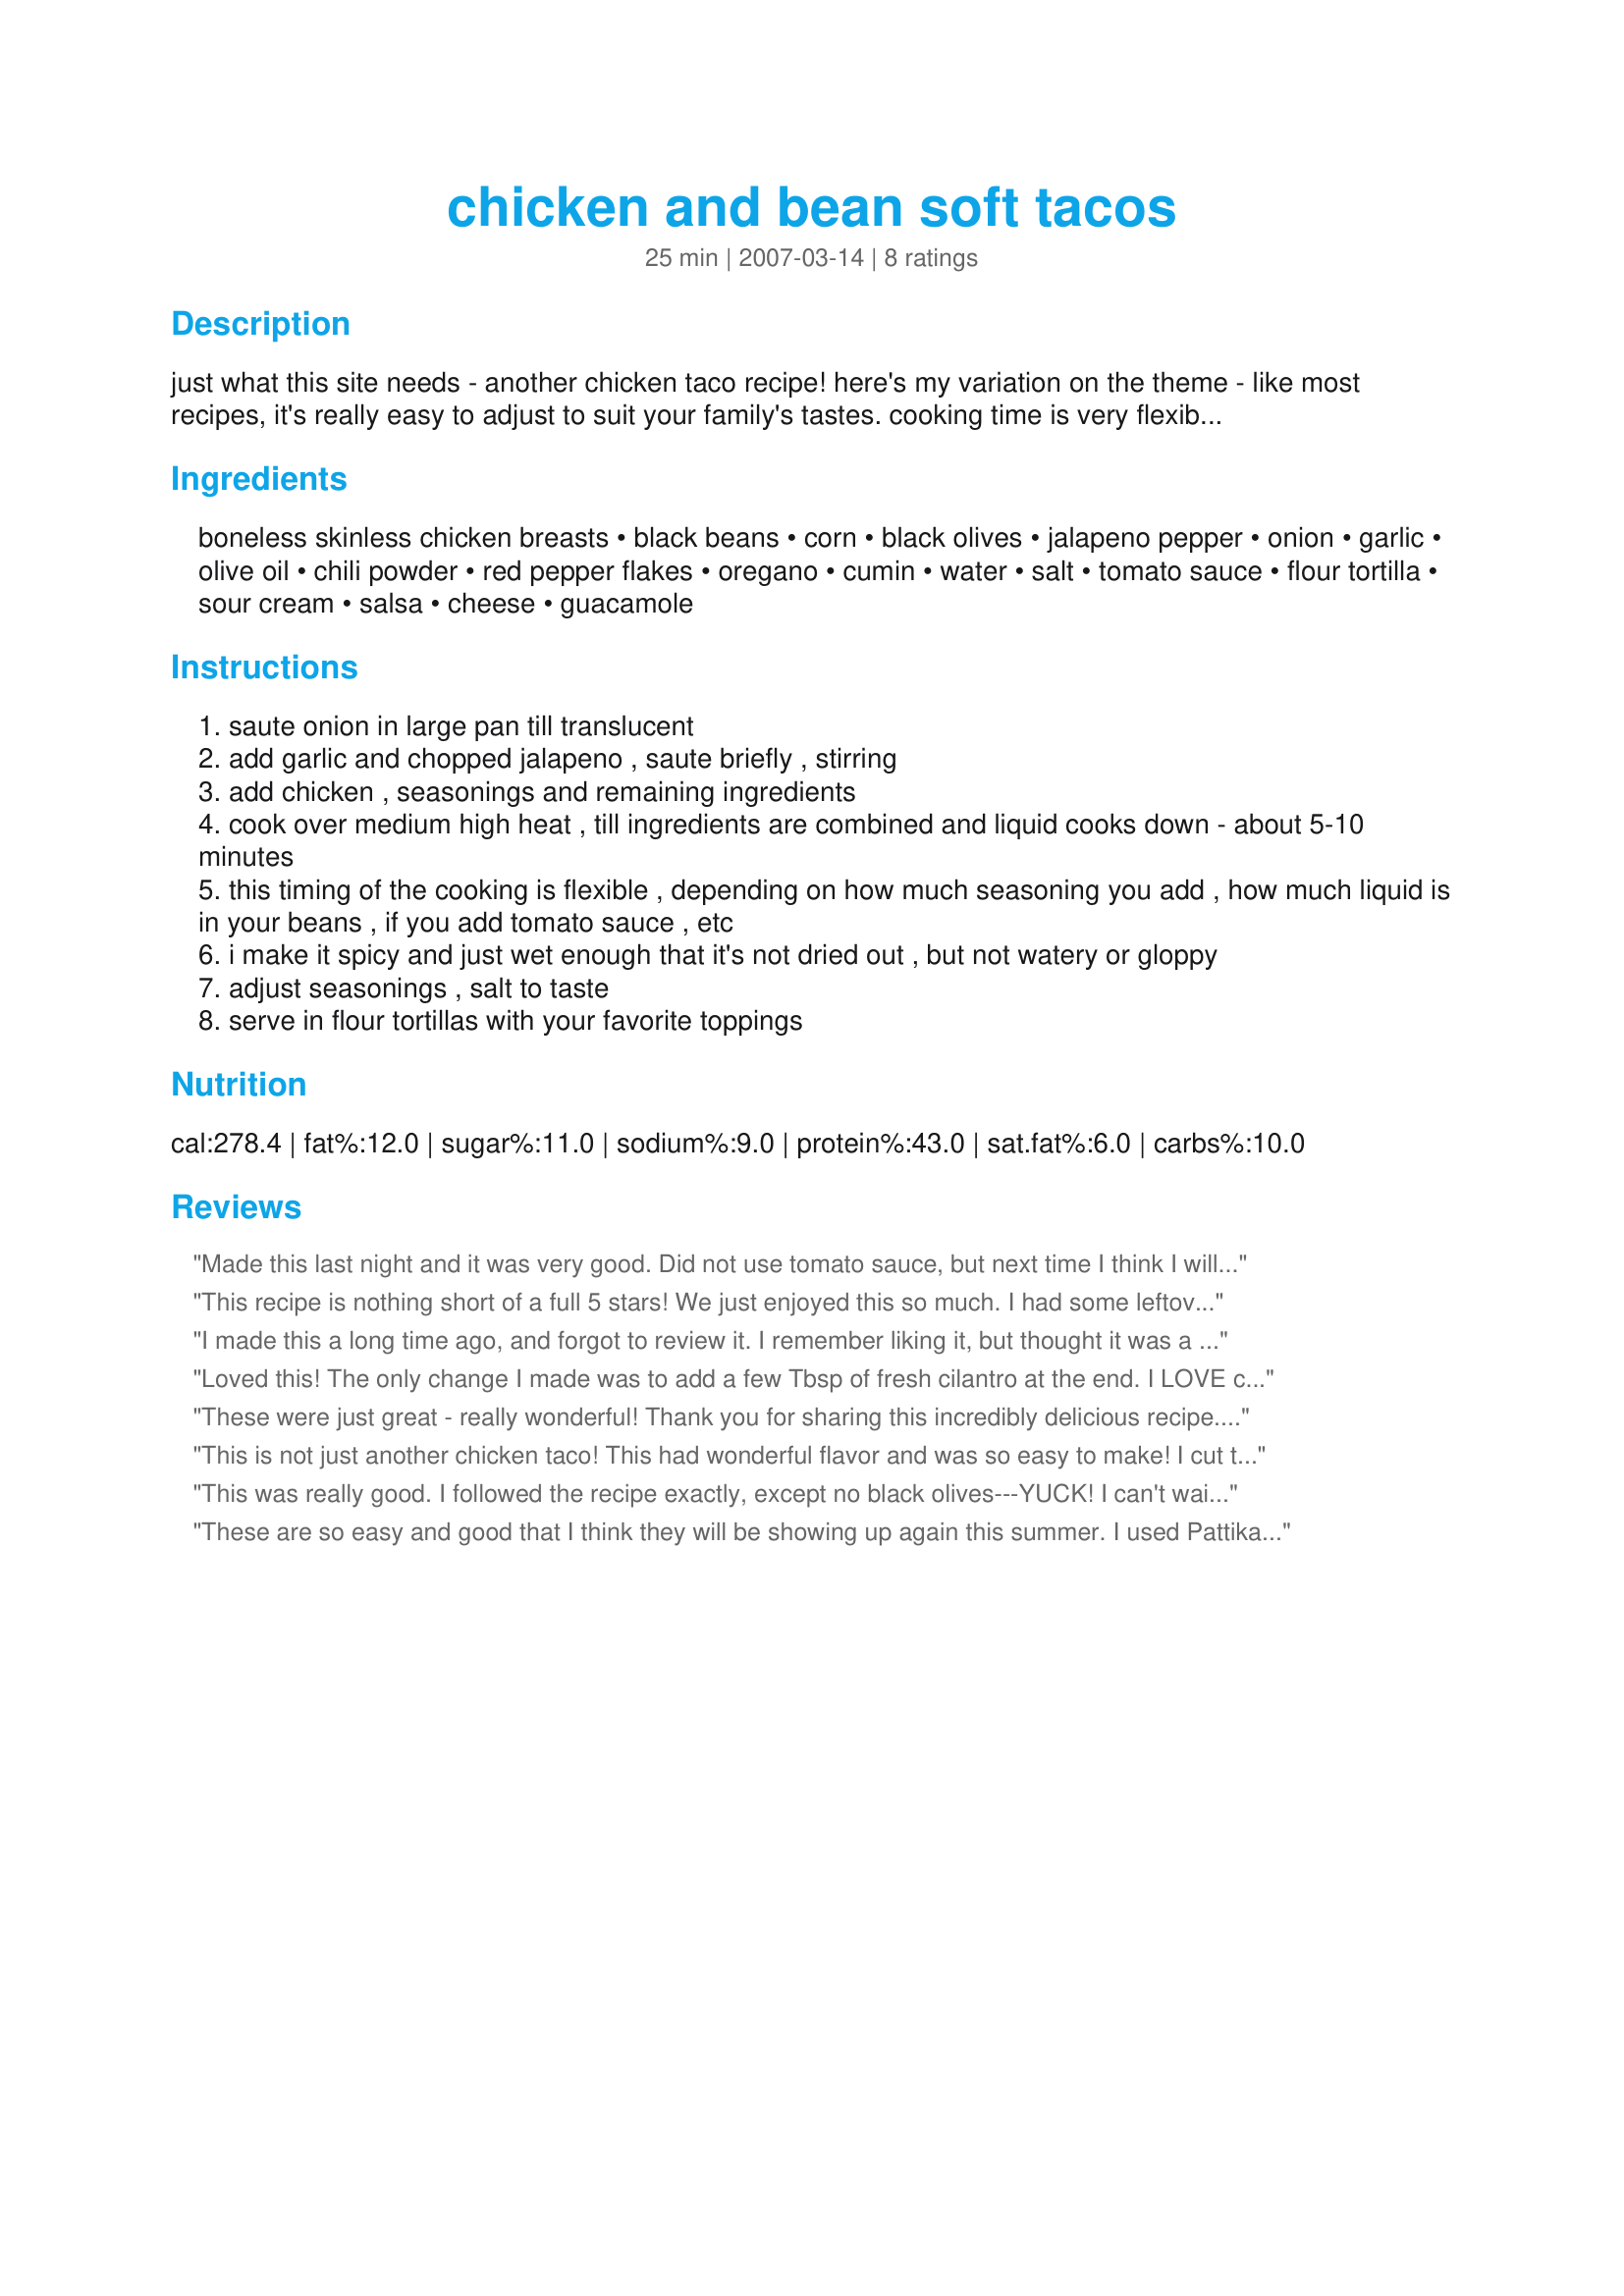
chicken and bean soft tacos
Preparation time: 25 minutes

just what this site needs - another chicken taco recipe! here's my variation on the theme - like most recipes, it's really easy to adjust to suit your family's tastes. cooking time is very flexible as well, sometimes i get it started and let it simmer a bit to blend the flavors, adding liquid as needed to keep it from drying out. other times, i just throw it all together and serve it within 15 minutes.

Ingredients:
boneless skinless chicken breasts, black beans, corn, black olives, jalapeno pepper, onion, garlic, olive oil, chili powder, red pepper flakes, oregano, cumin, water, salt, tomato sauce, flour tortilla, sour cream, salsa, cheese, guacamole

Steps:
saute onion in large pan till translucent
add garlic and chopped jalapeno , saute briefly , stirring
add chicken , seasonings and remaining ingredients
cook over medium high heat , till ingredients are combined and liquid cooks down - about 5-10 minutes
this timing of the cooking is flexible , depending on how much seasoning you add , how much liquid is in your beans , if you add tomato sauce , etc
i make it spicy and just wet enough that it's not dried out , but not watery or gloppy
adjust seasonings , salt to taste
serve in flour tortillas with your favorite toppings

Reviews:
Made this last night and it was very good. Did not use tomato sauce, but next time I think I will try it with the tomato sauce though. Only thing I would change would be, not to use the whole 4oz of green chilie's(maybe 3oz would be perfect for me). This recipe was easy and delish. Definitely will use again :)
This recipe is nothing short of a full 5 stars! We just enjoyed this so much. I had some leftover chicken in the refrigerator which worked perfectly to make this a quick and delicious meal. I opted not to use the corn or tomato sauce. I did use 1 TBSP of the chili powder and 1 tsp of the cumin, soft corn tortillas and added some fresh, chopped tomatoes to the toppings list. I will definitely put this recipe in my to make again collection! Thank you so much for this wonderful supper tonight, Pattikay!
I made this a long time ago, and forgot to review it. I remember liking it, but thought it was a little too sweet. I did use 8 oz. of tomato sauce. I made Recipe #32721 to serve as one of the toppings.
Loved this! The only change I made was to add a few Tbsp of fresh cilantro at the end. I LOVE cilantro. DH and kids had theirs on tortilla while I made mine into a taco salad with sour cream, salsa and a bit of cheddar on top. DELISH!
These were just great - really wonderful! Thank you for sharing this incredibly delicious recipe. Ummm. Boy they were good.
This is not just another chicken taco! This had wonderful flavor and was so easy to make! I cut the recipe in half and then decided to make it again so that I could have leftovers. I used fresh oregano and after tasting, it was so good decided I would leave out the tomato sauce. Thanks for the keeper Pattikay!
This was really good. I followed the recipe exactly, except no black olives---YUCK! I can't wait to have left overs tomorrow. I think the flavors will intensify even more overnight in the fridge. Thanks!
These are so easy and good that I think they will be showing up again this summer. I used Pattikays suggestion of tossing it all together with good results and I love, love, love the fact that I can get the ingredients where I live and the fact that it's as good as you'll get in a Mexican restaurant doesn't hurt any either. They were a popular addition to todays Fiesta.
